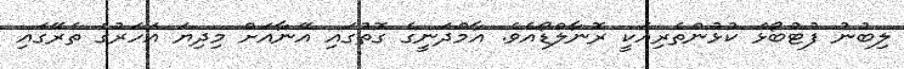
ލިބުނު ފުޓުބޯޅަ ކުޅުންތެރިއަކީ ރޮނާލްޑޯއެވެ. އާމްދަނީގެ ގޮތުގައި އޭނާއަށް މިދިޔަ އަހަރުގެ ތެރޭގައި